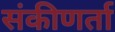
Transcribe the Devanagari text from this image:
संकीणर्ता